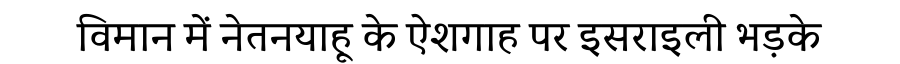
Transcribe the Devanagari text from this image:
विमान में नेतनयाहू के ऐशगाह पर इसराइली भड़के